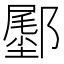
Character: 𬪛